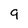
Character: 9